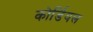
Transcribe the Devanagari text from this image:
कोर्डियल